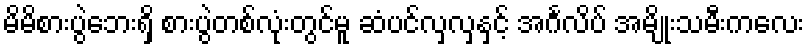
မိမိစားပွဲဘေးရှိ စားပွဲတစ်လုံးတွင်မူ ဆံပင်လှလှနှင့် အင်္ဂလိပ် အမျိုးသမီးကလေး